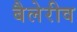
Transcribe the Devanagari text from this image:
बैलेरीव